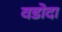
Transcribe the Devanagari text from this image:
वडोदा